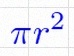
\pi r^2